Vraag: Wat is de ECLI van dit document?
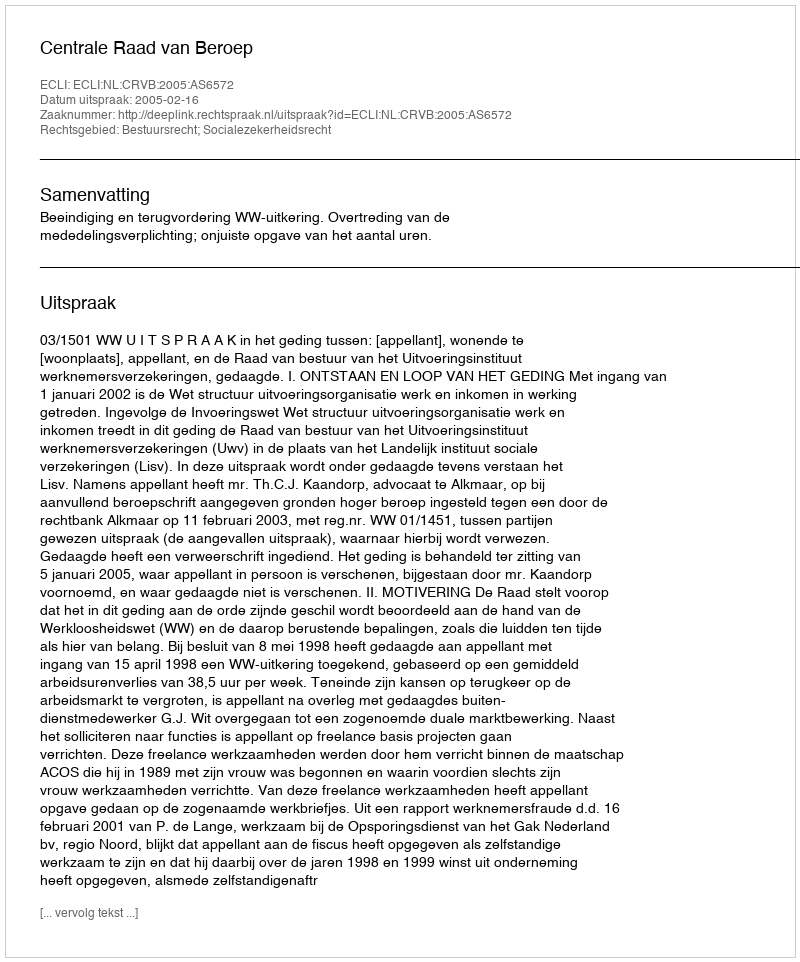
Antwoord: ECLI:NL:CRVB:2005:AS6572